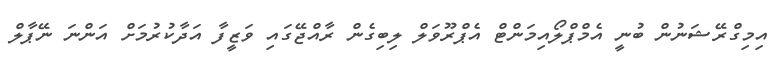
އިމިގްރޭޝަނުން ބުނީ އެމްޕްލޯއިމަންޓް އެޕްރޫވަލް ލިބިގެން ރާއްޖޭގައި ވަޒީފާ އަދާކުރުމަށް އަންނަ ނޭޕާލް